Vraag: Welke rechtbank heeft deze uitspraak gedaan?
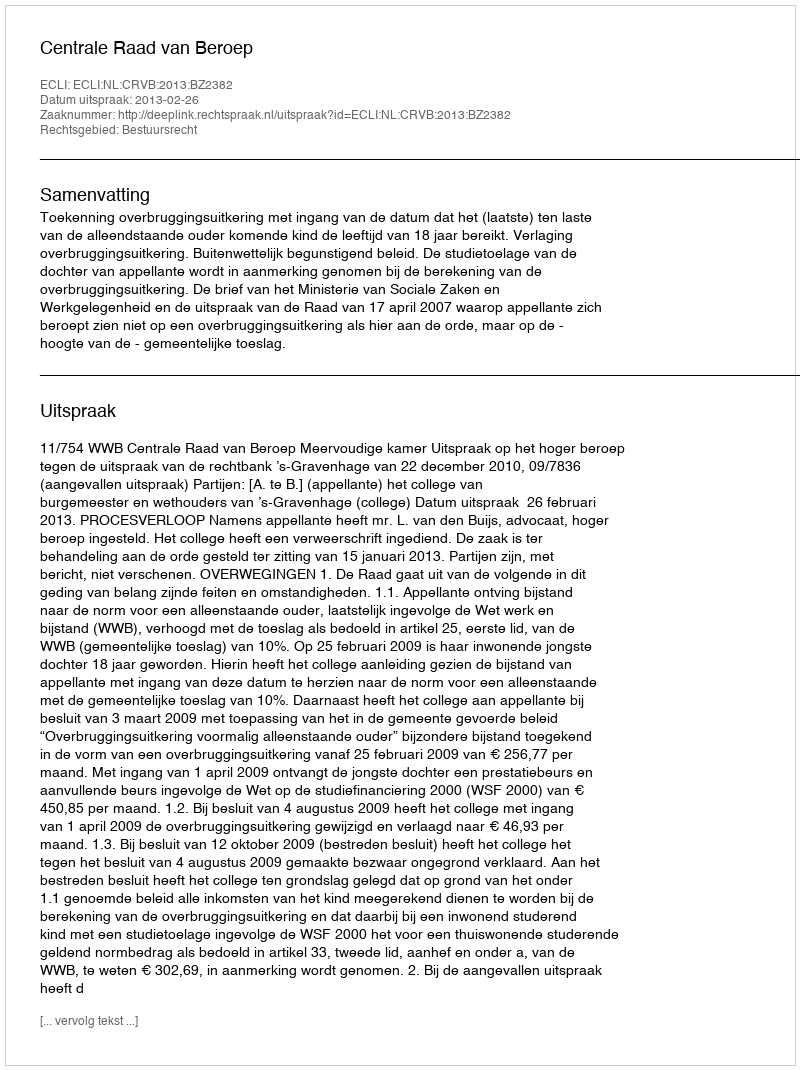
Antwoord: Centrale Raad van Beroep